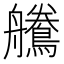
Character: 𪅻